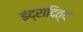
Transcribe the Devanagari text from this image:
इंद्रादित्य